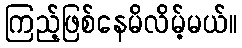
ကြည့်ဖြစ်နေမိလိမ့်မယ်။